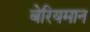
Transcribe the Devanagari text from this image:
बेरियमान